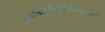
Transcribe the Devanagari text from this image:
खेळतआणिपोहण्यातही